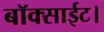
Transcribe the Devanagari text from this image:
बॉक्साईट।